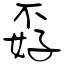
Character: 孬